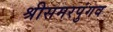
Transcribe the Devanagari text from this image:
श्रीसमरपुंगव